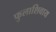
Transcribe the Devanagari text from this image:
फुलाशिवाय